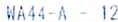
WA44-A - 12